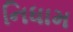
નિધામ